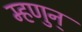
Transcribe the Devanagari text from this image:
म्हणुन्